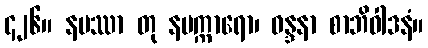
၄၂၆။ နမဿာ တု နမက္ကာရော၊ ဝန္ဒနာ စာဘိဝါဒနံ။